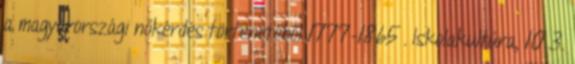
a magyarországi nőkérdés történetéből 1777-1865 . Iskolakultúra, 10 3.